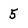
Character: 5